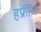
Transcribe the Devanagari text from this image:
हफ्रींज़